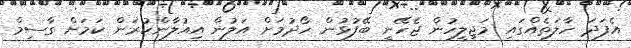
އެފަދަ ހާލަތެއްގައި މަޖިލީހުން ޖެހޭނީ ބޭފުޅުން ހޯދުމަށް އަލުން އިއުލާންކުރަން ކަމަށް ގާސިމް